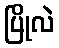
ပြိုလဲ